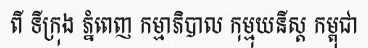
ពី ទីក្រុង ភ្នំពេញ កម្មាភិបាល កុម្មុយនីស្ត កម្ពុជា